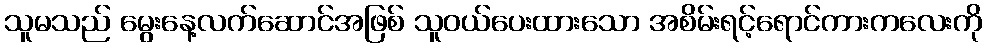
သူမသည် မွေးနေ့လက်ဆောင်အဖြစ် သူဝယ်ပေးထားသော အစိမ်းရင့်ရောင်ကားကလေးကို